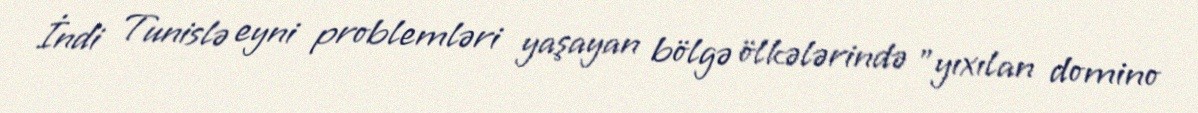
İndi Tunislə eyni problemləri yaşayan bölgə ölkələrində "yıxılan domino